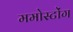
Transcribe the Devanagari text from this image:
ममोस्टोंग